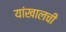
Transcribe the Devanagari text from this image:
यांखालची